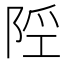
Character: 𨹢